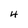
Character: 4